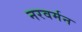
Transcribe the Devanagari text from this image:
नरवर्मन